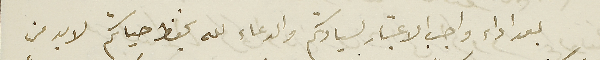
بعد اداء واجب الاعتبار لسيادتكم والدعاء لله بحفظ حياتكم لابد من